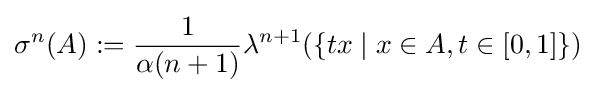
\sigma ^{n}(A):={\frac {1}{\alpha (n+1)}}\lambda ^{n+1}(\{tx\mid x\in A,t\in [0,1]\})